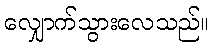
လျှောက်သွားလေသည်။